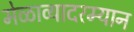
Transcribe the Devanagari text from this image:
मेळाव्यादरम्यान